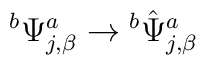
{}^b\Psi^a_{j,\beta}\rightarrow {}^b{\hat\Psi}^a_{j,\beta}